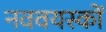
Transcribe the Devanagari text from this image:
नववयस्कों